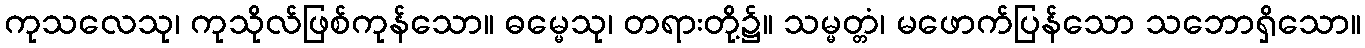
ကုသလေသု၊ ကုသိုလ်ဖြစ်ကုန်သော။ ဓမ္မေသု၊ တရားတို့၌။ သမ္မတ္တံ၊ မဖောက်ပြန်သော သဘောရှိသော။